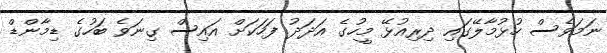
ނަމަވެސް ހުޅުމާލޭގައި ދިރިއުޅޭ މީހުގެ އަދަދު ފަހަކަށް އައިސް ގިނަވެ ބަހުގެ ޑިމާންޑް